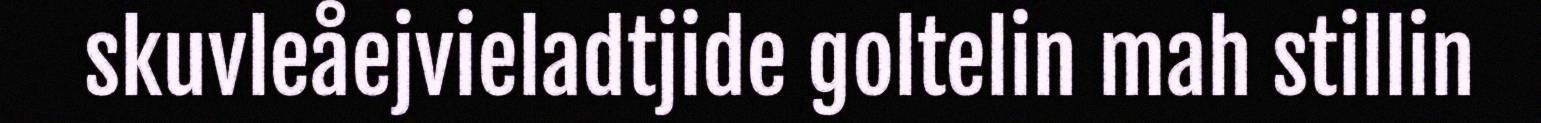
skuvleåejvieladtjide goltelin mah stillin